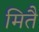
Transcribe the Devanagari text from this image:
मितै